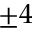
\pm 4